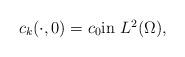
LaTeX: \begin{align*}c_{k}(\cdot, 0) = c_{0} \mbox{in $L^{2}(\Omega)$},\end{align*}